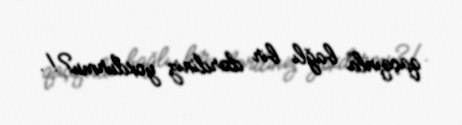
qaçqınla bağlı bir dərdiniz yoxdurmu?!.